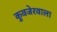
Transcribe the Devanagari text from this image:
कुवजेरवाला